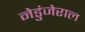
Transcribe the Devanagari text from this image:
नेडुंजेराल